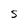
Character: S